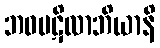
ဘဝပဋိလာဘိယာနိ